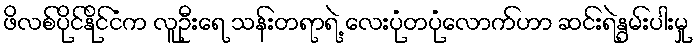
ဖိလစ်ပိုင်နိုင်ငံက လူဦးရေ သန်းတရာရဲ့ လေးပုံတပုံလောက်ဟာ ဆင်းရဲနွမ်းပါးမှု